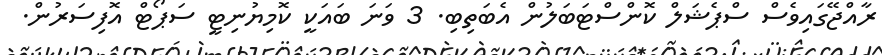
ރާއްޖޭގައިވެސް ސްޕެޝަލް ކޮންސްޓަބަލުން އެބަތިބި. 3 ވަނަ ބައަކީ ކޮމިޔުނިޓީ ސަޕޯޓް އޮފިސަރުން.